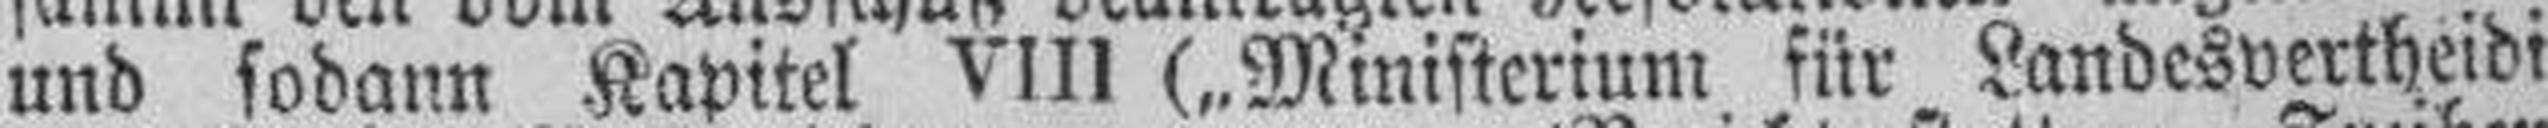
und sodann Kapitel VIII („Ministerium für Landesvertheidi¬